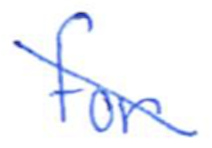
Text: for
Cross-out: diagonal
Writing tool: ballpoint